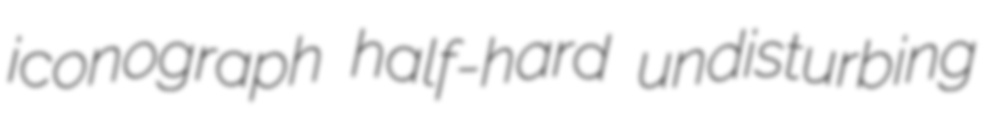
iconograph half-hard undisturbing